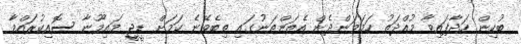
ބުކިން ހަދާފައިވާ މުއްދަތު ހަމަވަންދެން އެތަންތަނުގައި ތިބެވޭނެ ކަމަށް ޑީޖީ މައިމޫނާ ސޮއިކުރައްވާ